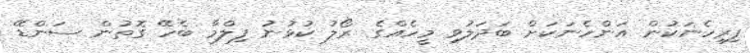
ފިރިހެނަކުން އަންހެނަކަށް ބަދަލުވި މީހެއްގެ ރޯލު ކުޅުނު ފިލްމާ ބެހޭ ގޮތުން ސަންޑޭ